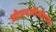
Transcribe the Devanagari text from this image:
ओएनजीसीएल